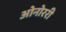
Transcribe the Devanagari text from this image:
ओनोररी